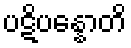
ပဋိပန္နောတိ